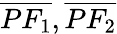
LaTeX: {\overline{{PF_{1}}}},{\overline{{PF_{2}}}}